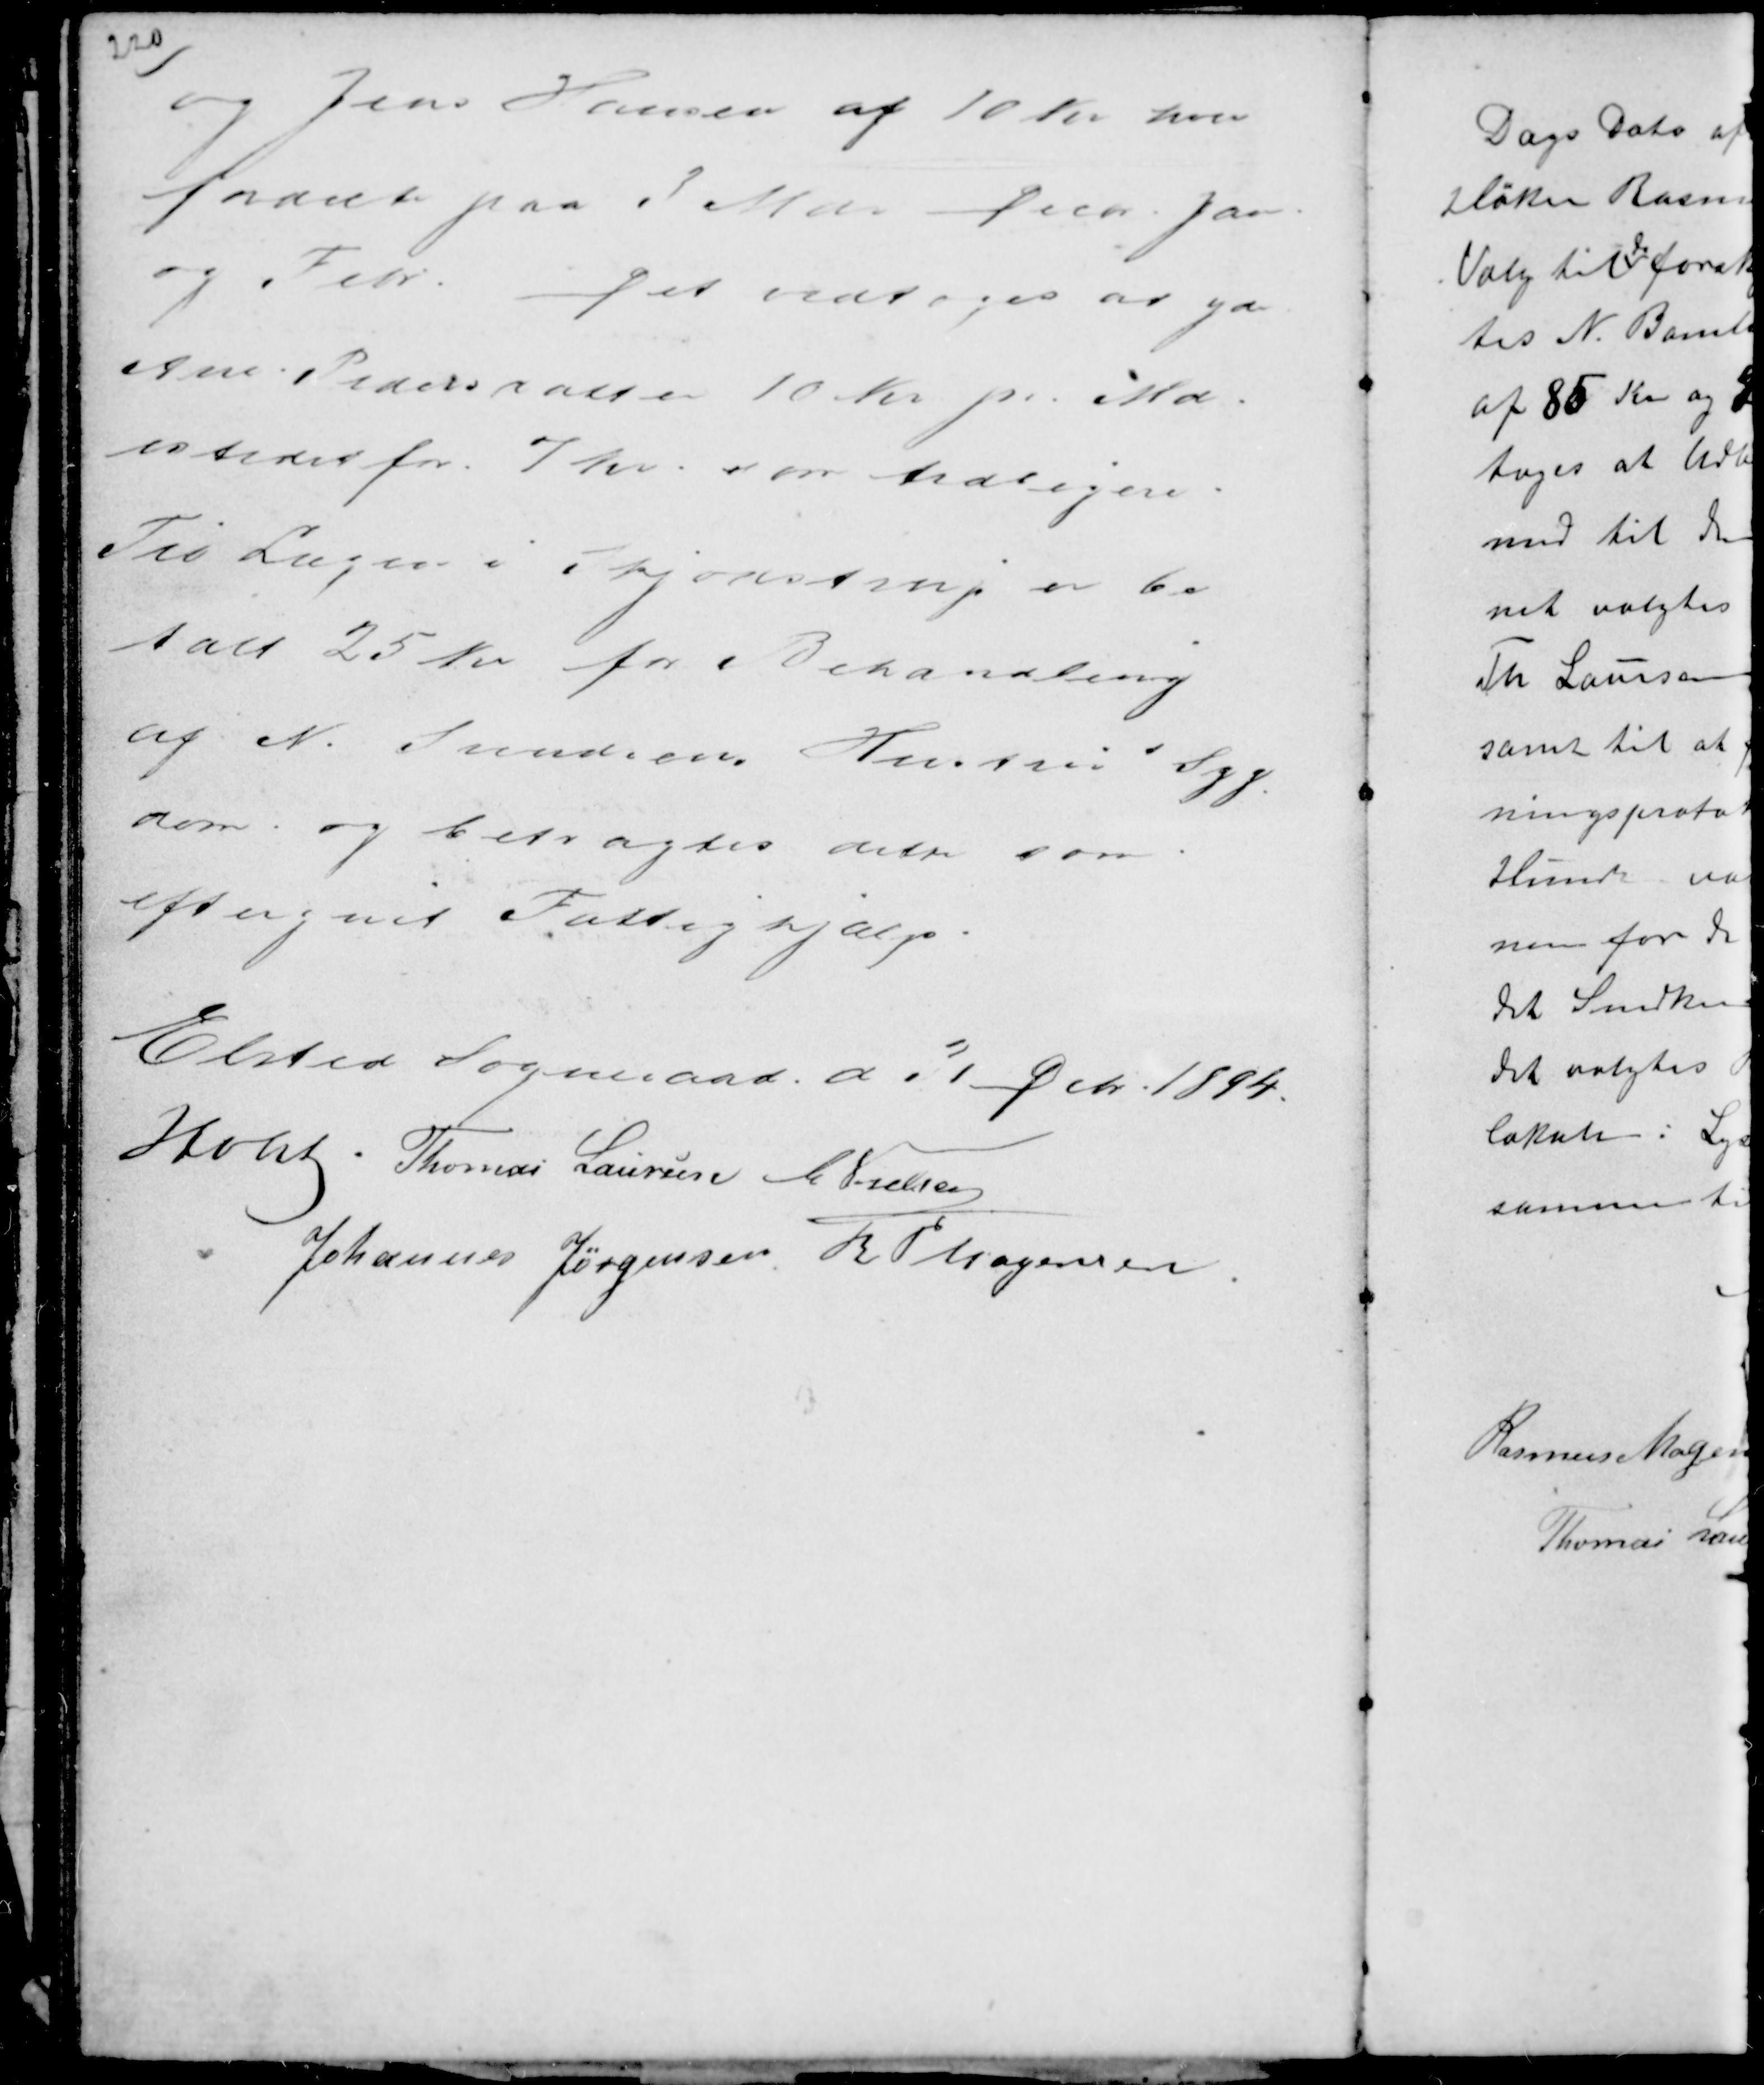
Transskription:
og Jens Hansen af 10 Kr hver
fordelt paa 3 Mdr Decb Jan
og Febr. Det vedtoges at yde
Ane Pedersdatter 10 Kr pr Md.
istedet for 7 Kr som tidligere.
Til Lægen i Skjødstrup er be-
talt 25 Kr for Behandling
af N. Svendsens Hustrus Syg-
dom og betragtes derp som
eftergivet Fattighjælp.

Elsted Sogneraad d 31
Dcbr. 1894.
Holst Thomas Laursen C Nielsen
Johannes Jørgensen R P Mogensen